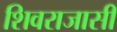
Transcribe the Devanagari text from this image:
शिवराजासी